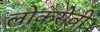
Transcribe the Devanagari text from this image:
लोकसेवी